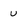
Character: u